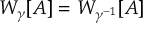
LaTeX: W _ { \gamma } [ A ] = W _ { \gamma ^ { - 1 } } [ A ]